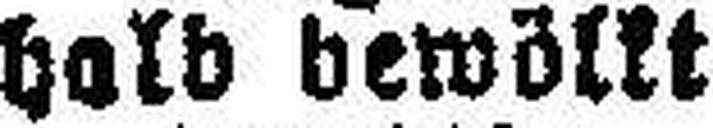
halb bewölkt